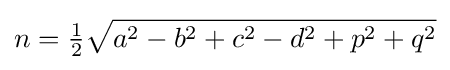
n={\tfrac {1}{2}}{\sqrt {a^{2}-b^{2}+c^{2}-d^{2}+p^{2}+q^{2}}}